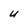
Character: U